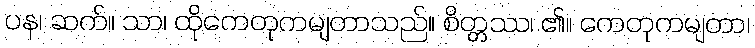
ပန၊ ဆက်။ သာ၊ ထိုကေတုကမျတာသည်။ စိတ္တဿ၊ ၏။ ကေတုကမျတာ၊